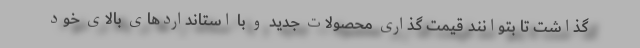
گذاشت تا بتوانند قیمت گذاری محصولات جدید و با استانداردهای بالای خود